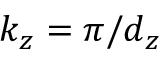
k _ { z } = \pi / d _ { z }